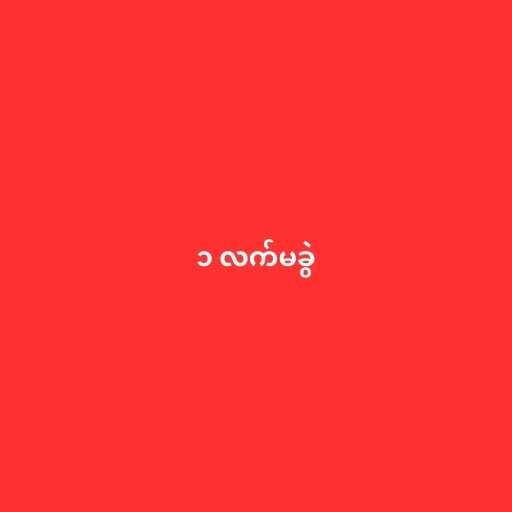
၁ လက်မခွဲ